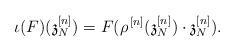
LaTeX: \begin{align*}\iota(F)(\mathfrak{z}^{[n]}_N) = F(\rho^{\,[n]}(\mathfrak{z}^{[n]}_N) \cdot \mathfrak{z}^{[n]}_N).\end{align*}